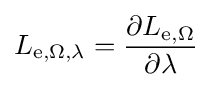
L_{\mathrm {e} ,\Omega ,\lambda }={\frac {\partial L_{\mathrm {e} ,\Omega }}{\partial \lambda }}